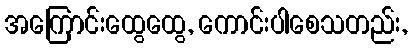
အကြောင်းထွေထွေ, ကောင်းပါစေသတည်း,